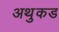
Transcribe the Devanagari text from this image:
अथुकड